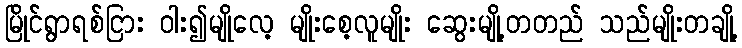
မြိုင်ရွာရစ်ငြား ဝါး၍မျိုလေ့ မျိုးစေ့လူမျိုး ဆွေးမျို့တတည် သည်မျိုးတချို့